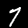
Digit: 7